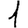
Digit: 1